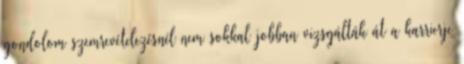
gondolom szemrevételezésnél nem sokkal jobban vizsgálták át a karrierje